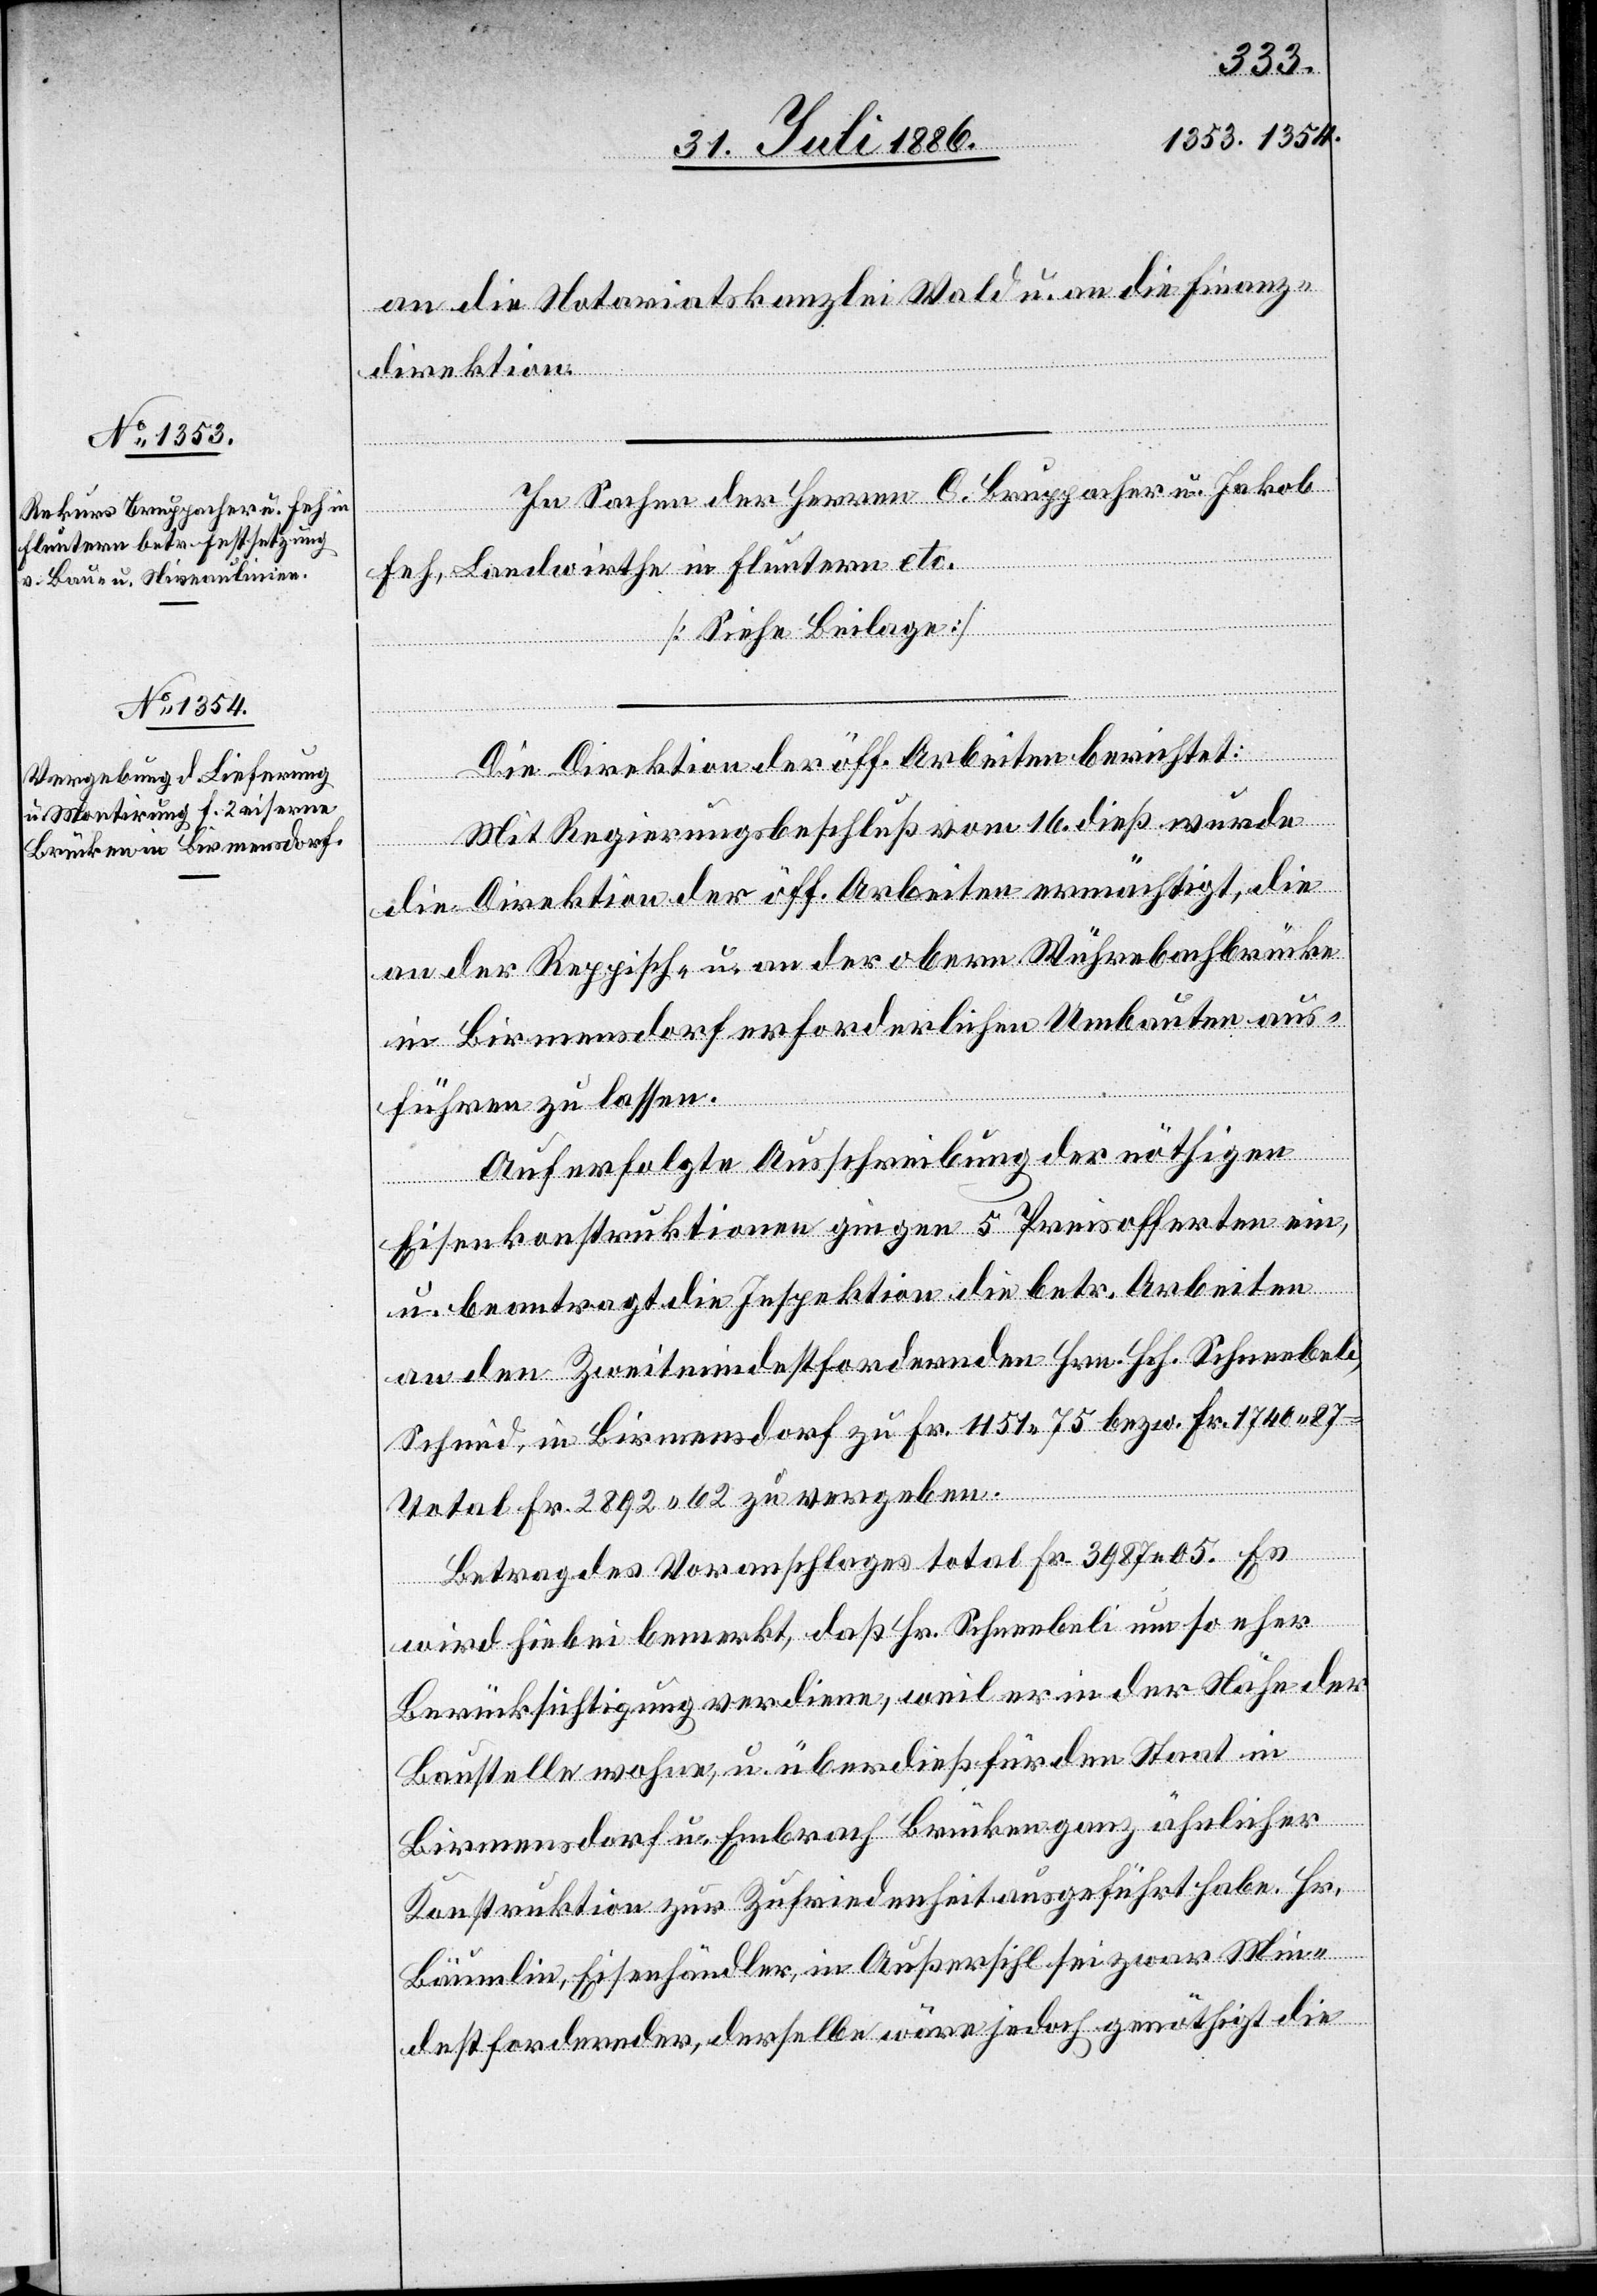
an die Notariatskanzlei Wald u. an die Finanz¬
direktion.
Die Direktion der öff. Arbeiten berichtet:
Mit Regierungsbeschluß vom 16. dieß wurde
die Direktion der öff. Arbeiten ermächtigt, die
an der Reppisch- u. an der obern Wührebachbrücke
in Birmensdorf erforderlichen Umbauten aus¬
führen zu lassen.
Auf erfolgte Ausschreibung der nöthigen
Eisenkonstruktionen gingen 5 Preisofferten ein,
u. beantragt die Inspektion die betr. Arbeiten
an den Zweitmindestfordernden Hrn. Hch. Schneebeli,
Schmid, in Birmensdorf zu Fr. 1151 75 bezw. Fr. 1740 87
Total Fr. 2892 62 zu vergeben.
Betrag des Voranschlages total Fr. 3987 05. Es
wird hiebei bemerkt, daß Hr. Schneebeli um so eher
Berücksichtigung verdiene, weil er in der Nähe der
Baustelle wohne, u. überdieß für den Staat in
Birmensdorf u. Embrach Brücken ganz ähnlicher
Konstruktion zur Zufriedenheit ausgeführt habe. Hr.
Bäumlin, Eisenhändler, in Außersihl sei zwar Min¬
destfordernder, derselbe wäre jedoch genöthigt die